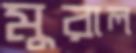
মুরাল